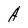
Character: A